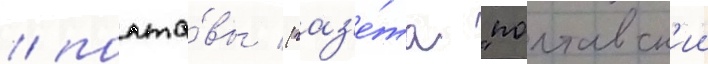
/ полта́вы (газ'е́та "полтавск'ии